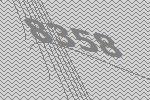
8358